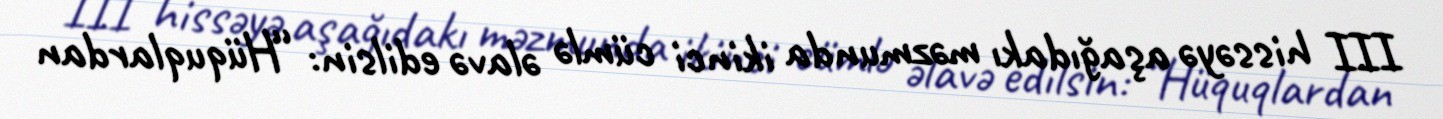
III hissəyə aşağıdakı məzmunda ikinci cümlə əlavə edilsin: “Hüquqlardan